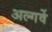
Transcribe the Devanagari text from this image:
अल्गर्वे